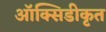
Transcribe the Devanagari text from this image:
ऑक्सिडीकृत